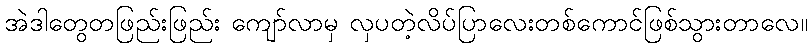
အဲဒါတွေတဖြည်းဖြည်း ကျော်လာမှ လှပတဲ့လိပ်ပြာလေးတစ်ကောင်ဖြစ်သွားတာလေ။